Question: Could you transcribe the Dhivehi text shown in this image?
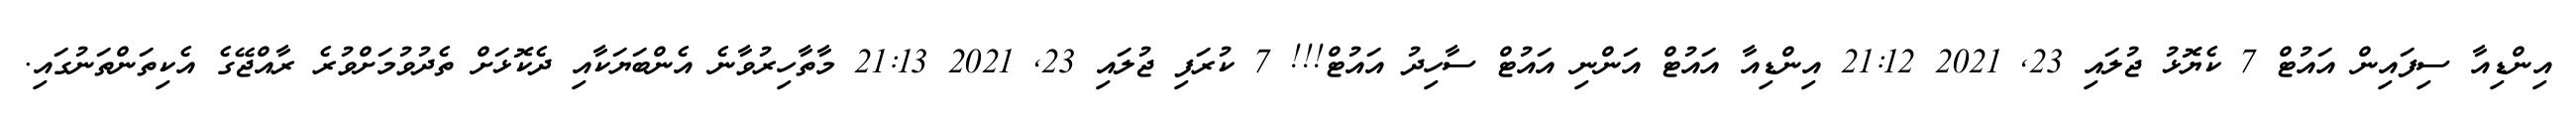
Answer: އިންޑިއާ ސިފައިން އައުޓް 7 ކެޔޮޅު ޖުލައި 23, 2021 21:12 އިންޑިއާ އައުޓް އަންނި އައުޓް ސާހިދު އައުޓް!!! 7 ކުރަފި ޖުލައި 23, 2021 21:13 މާތާހިރުވާނެ އެންބަޔަކާއި ދެކޮޅަށް ތެދުވުމަށްވުރެ ރާއްޖޭގެ އެކިތަންތަނުގައި.